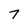
Character: 7